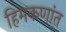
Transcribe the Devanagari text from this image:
हिमकणांत